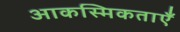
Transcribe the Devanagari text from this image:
आकस्मिकताएँ